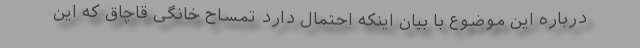
درباره این موضوع با بیان اینکه احتمال دارد تمساح خانگی قاچاق که این